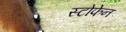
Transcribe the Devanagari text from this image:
स्टोफेन